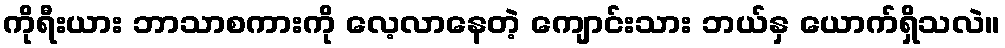
ကိုရီးယား ဘာသာစကားကို လေ့လာနေတဲ့ ကျောင်းသား ဘယ်နှ ယောက်ရှိသလဲ။